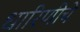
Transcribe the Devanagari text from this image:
धारिणीचे